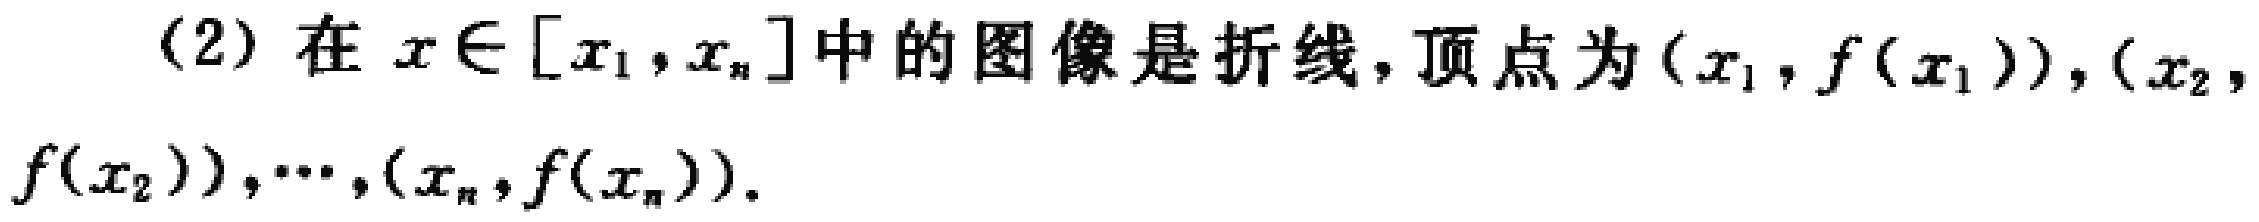
(2) 在 \(x\in [x_1,x_n]\) 中的图像是折线，顶点为 \((x_1,f(x_1)),(x_2,f(x_2)),\cdots,(x_n,f(x_n))\).